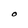
Character: O